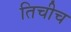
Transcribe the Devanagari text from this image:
तिचीच